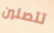
تتصلين